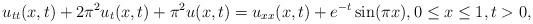
LaTeX: \begin{align*}{u_{tt}}(x,t) + 2{\pi ^2}{u_t}(x,t) + {\pi ^2}u(x,t) = {u_{xx}}(x,t) + {e^{ - t}}\sin (\pi x),0 \le x \le 1, t > 0,\end{align*}